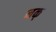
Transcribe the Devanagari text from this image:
नक्